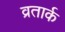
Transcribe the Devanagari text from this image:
व्रतार्क